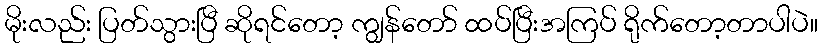
မိုးလည်း ပြတ်သွားပြီ ဆိုရင်တော့ ကျွန်တော် ထပ်ပြီးအကြပ် ရိုက်တော့တာပါပဲ။